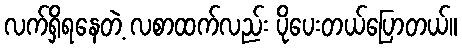
လက်ရှိရနေတဲ့ လစာထက်လည်း ပိုပေးတယ်ပြောတယ်။